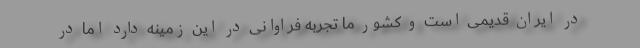
در ایران قدیمی است و کشور ما تجربه فراوانی در این زمینه دارد اما در